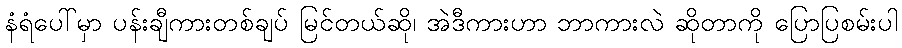
နံရံပေါ်မှာ ပန်းချီကားတစ်ချပ် မြင်တယ်ဆို၊ အဲဒီကားဟာ ဘာကားလဲ ဆိုတာကို ပြောပြစမ်းပါ